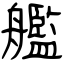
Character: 艦